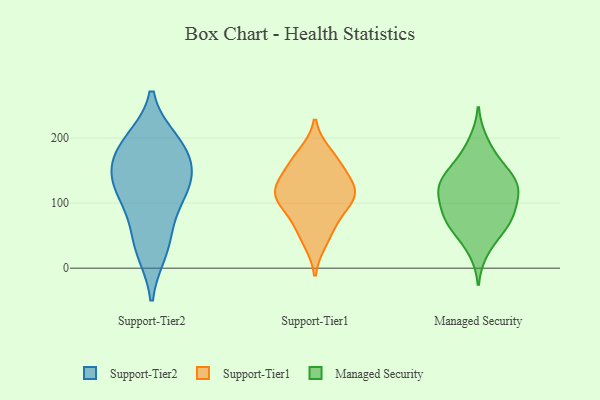
{"axis": {"x": "Waste Production (Tons)", "y": "Value"}, "legend": ["Managed Security", "Support-Tier1", "Support-Tier2"], "data": [{"x": "", "y": 132, "type": "Support-Tier2"}, {"x": "", "y": 28, "type": "Support-Tier2"}, {"x": "", "y": 121, "type": "Support-Tier2"}, {"x": "", "y": 91, "type": "Support-Tier2"}, {"x": "", "y": 186, "type": "Support-Tier2"}, {"x": "", "y": 184, "type": "Support-Tier2"}, {"x": "", "y": 194, "type": "Support-Tier2"}, {"x": "", "y": 42, "type": "Support-Tier2"}, {"x": "", "y": 153, "type": "Support-Tier2"}, {"x": "", "y": 133, "type": "Support-Tier2"}, {"x": "", "y": 175, "type": "Support-Tier1"}, {"x": "", "y": 153, "type": "Support-Tier1"}, {"x": "", "y": 111, "type": "Support-Tier1"}, {"x": "", "y": 118, "type": "Support-Tier1"}, {"x": "", "y": 63, "type": "Support-Tier1"}, {"x": "", "y": 163, "type": "Support-Tier1"}, {"x": "", "y": 86, "type": "Support-Tier1"}, {"x": "", "y": 125, "type": "Support-Tier1"}, {"x": "", "y": 42, "type": "Support-Tier1"}, {"x": "", "y": 107, "type": "Support-Tier1"}, {"x": "", "y": 118, "type": "Support-Tier1"}, {"x": "", "y": 110, "type": "Managed Security"}, {"x": "", "y": 86, "type": "Managed Security"}, {"x": "", "y": 84, "type": "Managed Security"}, {"x": "", "y": 27, "type": "Managed Security"}, {"x": "", "y": 54, "type": "Managed Security"}, {"x": "", "y": 119, "type": "Managed Security"}, {"x": "", "y": 65, "type": "Managed Security"}, {"x": "", "y": 127, "type": "Managed Security"}, {"x": "", "y": 70, "type": "Managed Security"}, {"x": "", "y": 80, "type": "Managed Security"}, {"x": "", "y": 195, "type": "Managed Security"}, {"x": "", "y": 129, "type": "Managed Security"}, {"x": "", "y": 115, "type": "Managed Security"}, {"x": "", "y": 169, "type": "Managed Security"}, {"x": "", "y": 135, "type": "Managed Security"}, {"x": "", "y": 141, "type": "Managed Security"}, {"x": "", "y": 157, "type": "Managed Security"}]}